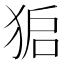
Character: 𮳾